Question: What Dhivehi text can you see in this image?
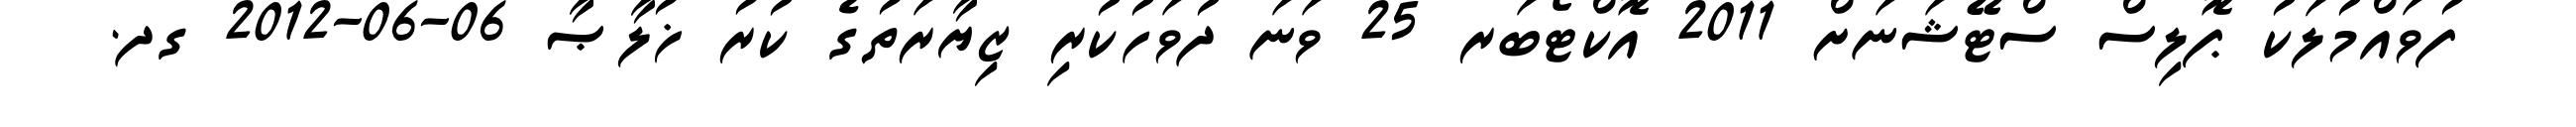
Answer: ފުވައްމުލަކު ޕޮލިސް ސްޓޭޝަނަށް 2011 އޮކްޓޯބަރ 25 ވަނަ ދުވަހުކުރި ޒިޔާރަތުގެ ކުރު ޚުލާޞާ 06-06-2012 ގދ.